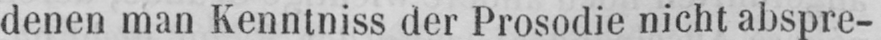
denen man Kenntniss der Prosodie nicht abspre-